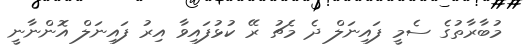
މުބާރާތުގެ ސެމީ ފައިނަލް ދެ މެޗު ރޭ ކުޅުފައިވާ އިރު ފައިނަލް އޮންނާނީ